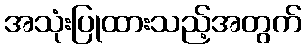
အသုံးပြုထားသည့်အတွက်